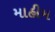
માહીમ